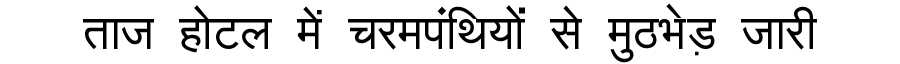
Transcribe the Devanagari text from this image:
ताज होटल में चरमपंथियों से मुठभेड़ जारी